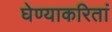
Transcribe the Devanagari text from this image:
घेण्याकरितां